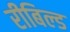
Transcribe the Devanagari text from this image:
रीबिल्ड